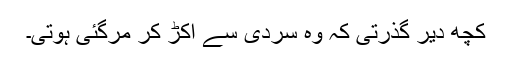
کچھ دیر گذرتی کہ وہ سردی سے اکڑ کر مرگئی ہوتی۔